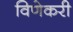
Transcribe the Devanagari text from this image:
विणेकरी